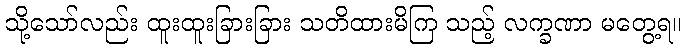
သို့သော်လည်း ထူးထူးခြားခြား သတိထားမိကြ သည့် လက္ခဏာ မတွေ့ရ။